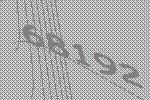
68192